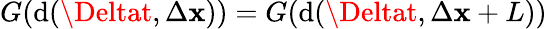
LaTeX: G(\mathrm{d}(\Deltat,\Delta\mathbf{x}))=G(\mathrm{d}(\Deltat,\Delta\mathbf{x}+L))